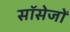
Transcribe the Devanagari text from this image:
सॉसेजों